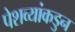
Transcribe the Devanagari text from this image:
पेशव्यांकडुन